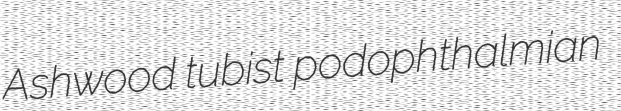
Ashwood tubist podophthalmian